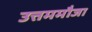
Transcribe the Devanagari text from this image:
उत्तममौजा